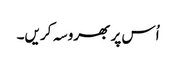
اُس پر بھروسہ کریں۔